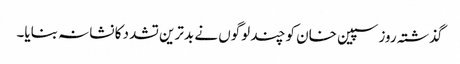
گذشتہ روز سپین خان کو چند لوگوں نے بدترین تشدد کا نشانہ بنایا۔